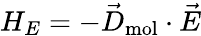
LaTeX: H_{E}=-\vec{D}_{\mathrm{mol}}\cdot\vec{E}